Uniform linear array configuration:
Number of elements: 4
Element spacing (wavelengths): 0.25
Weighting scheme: uniform
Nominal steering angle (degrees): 60
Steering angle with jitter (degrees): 60.124
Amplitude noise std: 0.05
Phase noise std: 0.05

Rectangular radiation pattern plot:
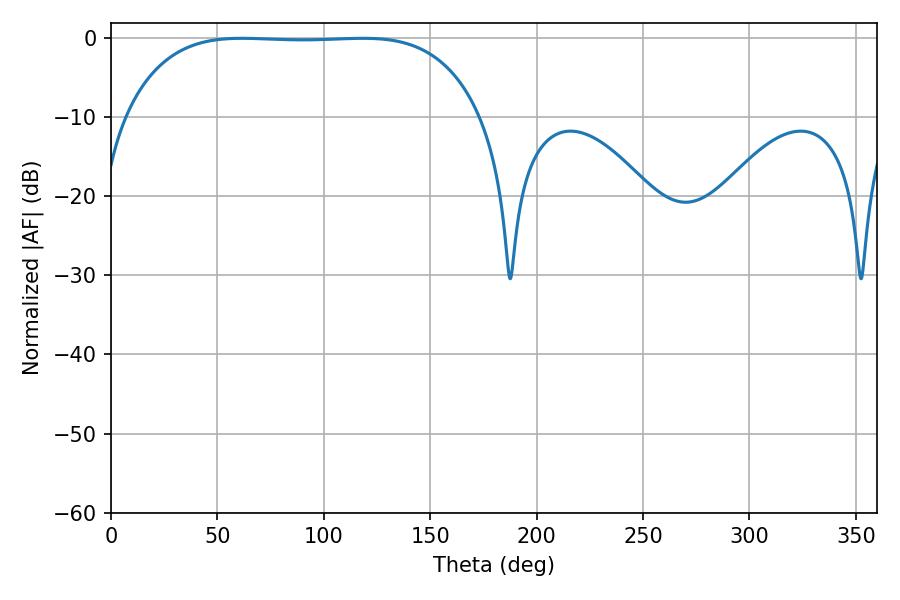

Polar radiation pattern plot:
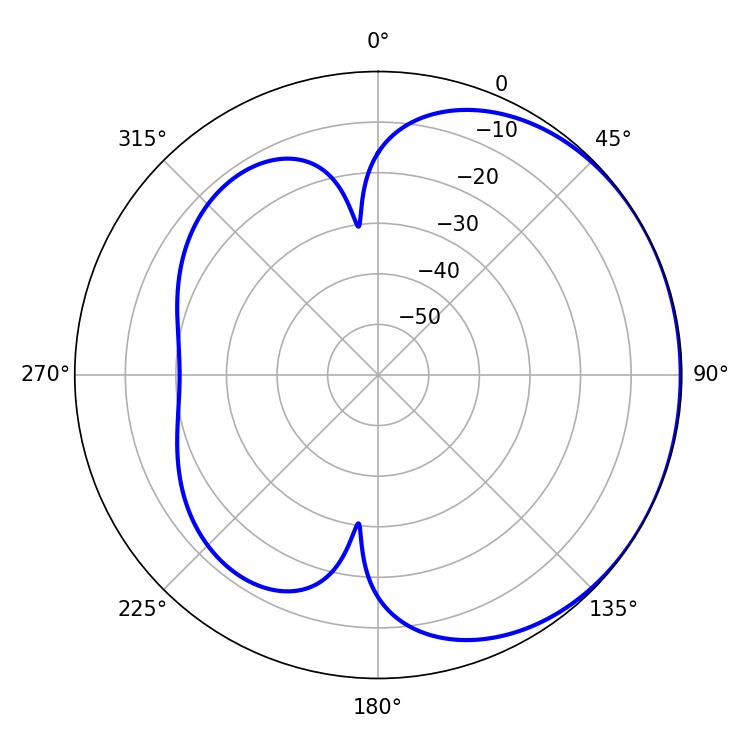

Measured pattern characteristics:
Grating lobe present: FALSE
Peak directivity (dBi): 0.7767
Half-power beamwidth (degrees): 129.96
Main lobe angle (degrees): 61.56